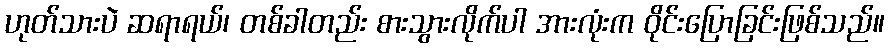
ဟုတ်သားပဲ ဆရာရယ်၊ တစ်ခါတည်း စားသွားလိုက်ပါ အားလုံးက ဝိုင်းပြောခြင်းဖြစ်သည်။